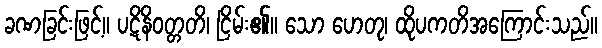
ခဏခြင်းဖြင့်။ ပဋိနိဝတ္တတိ၊ ငြိမ်း၏။ သော ဟေတု၊ ထိုပကတိအကြောင်းသည်။